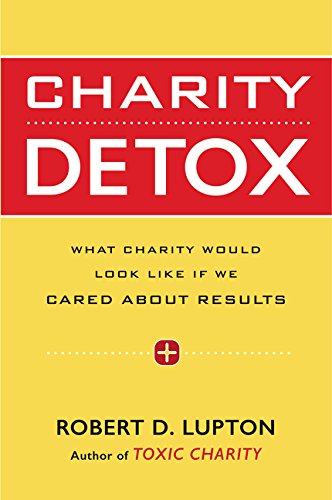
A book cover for Charity Detox: What Charity Would Look Like If We Cared About Results; Robert D. Lupton; Politics & Social Sciences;